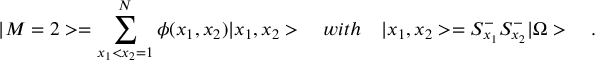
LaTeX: | M = 2 > = \sum _ { x _ { 1 } < x _ { 2 } = 1 } ^ { N } \phi ( x _ { 1 } , x _ { 2 } ) | x _ { 1 } , x _ { 2 } > \quad w i t h \quad | x _ { 1 } , x _ { 2 } > = S _ { x _ { 1 } } ^ { - } S _ { x _ { 2 } } ^ { - } | \Omega > \quad .